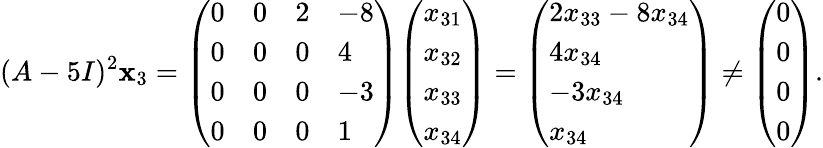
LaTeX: (A-5I)^{2}\mathbf{x}_{3}={\left(\begin{array}{llll}{0}&{0}&{2}&{-8}\\ {0}&{0}&{0}&{4}\\ {0}&{0}&{0}&{-3}\\ {0}&{0}&{0}&{1}\end{array}\right)}{\left(\begin{array}{l}{x_{31}}\\ {x_{32}}\\ {x_{33}}\\ {x_{34}}\end{array}\right)}={\left(\begin{array}{l}{2x_{33}-8x_{34}}\\ {4x_{34}}\\ {-3x_{34}}\\ {x_{34}}\end{array}\right)}\neq{\left(\begin{array}{l}{0}\\ {0}\\ {0}\\ {0}\end{array}\right)}.